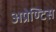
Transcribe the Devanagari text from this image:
अप्रेण्टिस